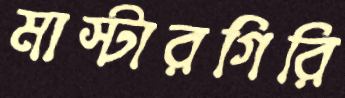
মাস্টারগিরি